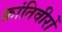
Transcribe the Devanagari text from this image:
क्रांतिवीरों